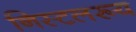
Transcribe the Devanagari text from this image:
निस्टलरूय